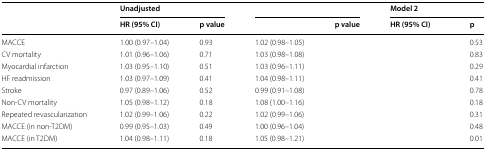
<table><thead><tr><td rowspan="2">[EMPTY_CELL]</td><td colspan="2"><b>Unadjusted</b></td><td colspan="2">[EMPTY_CELL]</td><td colspan="2"><b>Model 2</b></td></tr><tr><td><b>HR (95% CI)</b></td><td><b>p value</b></td><td>[EMPTY_CELL]</td><td><b>p value</b></td><td><b>HR (95% CI)</b></td><td><b>p</b></td></tr></thead><tbody><tr><td>MACCE</td><td>1.00 (0.97–1.04)</td><td>0.93</td><td>1.02 (0.98–1.05)</td><td>[EMPTY_CELL]</td><td>[EMPTY_CELL]</td><td>0.53</td></tr><tr><td>CV mortality</td><td>1.01 (0.96–1.06)</td><td>0.71</td><td>1.03 (0.98–1.08)</td><td>[EMPTY_CELL]</td><td>[EMPTY_CELL]</td><td>0.83</td></tr><tr><td>Myocardial infarction</td><td>1.03 (0.95–1.10)</td><td>0.51</td><td>1.03 (0.96–1.11)</td><td>[EMPTY_CELL]</td><td>[EMPTY_CELL]</td><td>0.29</td></tr><tr><td>HF readmission</td><td>1.03 (0.97–1.09)</td><td>0.41</td><td>1.04 (0.98–1.11)</td><td>[EMPTY_CELL]</td><td>[EMPTY_CELL]</td><td>0.41</td></tr><tr><td>Stroke</td><td>0.97 (0.89–1.06)</td><td>0.52</td><td>0.99 (0.91–1.08)</td><td>[EMPTY_CELL]</td><td>[EMPTY_CELL]</td><td>0.78</td></tr><tr><td>Non-CV mortality</td><td>1.05 (0.98–1.12)</td><td>0.18</td><td>1.08 (1.00–1.16)</td><td>[EMPTY_CELL]</td><td>[EMPTY_CELL]</td><td>0.18</td></tr><tr><td>Repeated revascularization</td><td>1.02 (0.99–1.06)</td><td>0.22</td><td>1.02 (0.99–1.06)</td><td>[EMPTY_CELL]</td><td>[EMPTY_CELL]</td><td>0.31</td></tr><tr><td>MACCE (in non-T2DM)</td><td>0.99 (0.95–1.03)</td><td>0.49</td><td>1.00 (0.96–1.04)</td><td>[EMPTY_CELL]</td><td>[EMPTY_CELL]</td><td>0.48</td></tr><tr><td>MACCE (in T2DM)</td><td>1.04 (0.98–1.11)</td><td>0.18</td><td>1.05 (0.98–1.21)</td><td>[EMPTY_CELL]</td><td>[EMPTY_CELL]</td><td>0.01</td></tr></tbody></table>